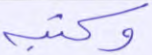
وكتبه